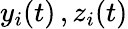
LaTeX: y_{i}(t)\, ,z_{i}(t)